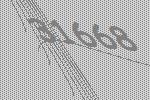
31668